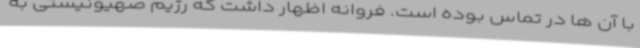
با آن ها در تماس بوده است. فروانه اظهار داشت که رژیم صهیونیستی به